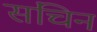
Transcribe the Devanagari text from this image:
संचिन